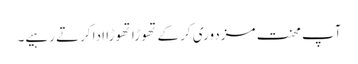
آپ محنت مزدوری کرکے تھوڑا تھوڑا ادا کرتے رہیے۔